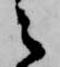
之